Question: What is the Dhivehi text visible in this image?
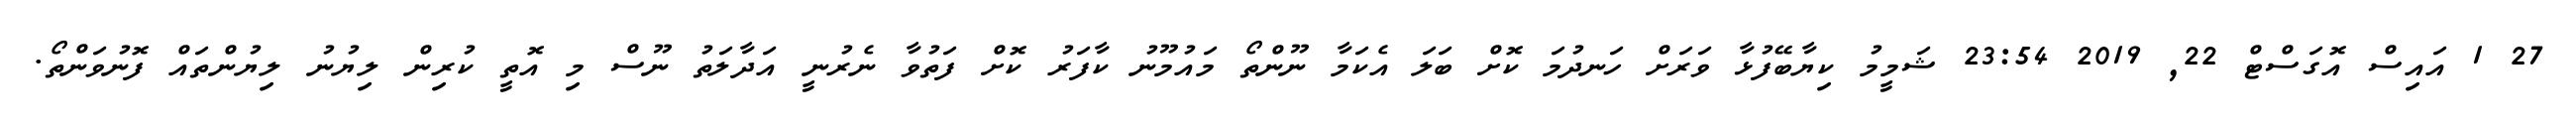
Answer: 27 1 އައިސް އޮގަސްޓް 22, 2019 23:54 ޝަމީމު ކިޔާބޭފުޅާ ވަރަށް ހަނދުމަ ކޮށް ބަލަ އެކަމާ ނޫންތޯ މައުމޫނު ކާފަރު ކޮށް ފަތުވާ ނެރުނީ އަދާލަތު ނޫސް މި އޮތީ ކުރިން ލިޔުނު ލިޔުންތައް ފޮނުވަންތޯ.